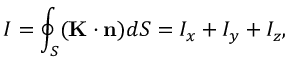
I = \oint _ { S } ( \mathbf { K } \cdot \mathbf { n } ) d S = I _ { x } + I _ { y } + I _ { z } ,